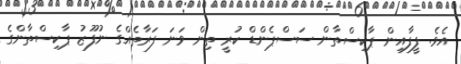
އެވެ. ފީފާއިން ޕާކިސްތާން ސަސްޕެންޑް ކުރީ ތިން ވަނަ ފަރާތެއްގެ ނުފޫޒު ޕާކިސްތާންގެ